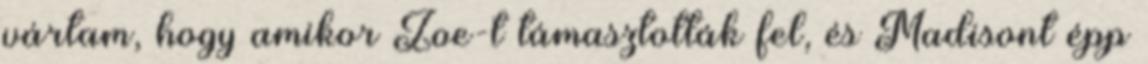
vártam, hogy amikor Zoe-t támasztották fel, és Madisont épp